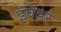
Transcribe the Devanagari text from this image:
इंवेडर